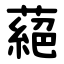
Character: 蕝